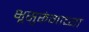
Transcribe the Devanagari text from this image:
भूसुरूंगाच्या